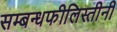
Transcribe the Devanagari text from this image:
सम्बन्धफीलिस्तीनी